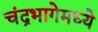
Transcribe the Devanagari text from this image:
चंद्रभागेमध्ये